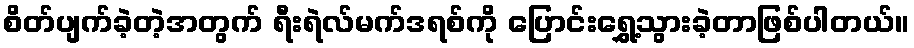
စိတ်ပျက်ခဲ့တဲ့အတွက် ရီးရဲလ်မက်ဒရစ်ကို ပြောင်းရွှေ့သွားခဲ့တာဖြစ်ပါတယ်။